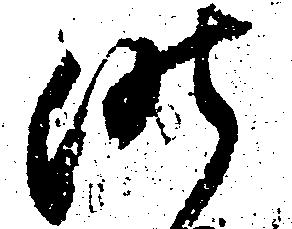
昨